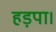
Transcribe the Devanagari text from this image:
हड़पा।